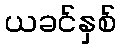
ယခင်နှစ်